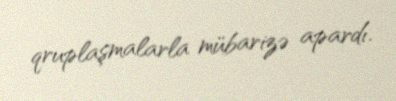
qruplaşmalarla mübarizə apardı.